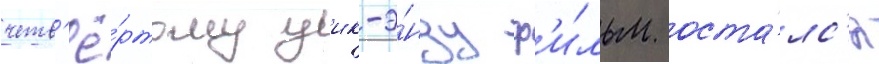
четв'ё́ртому уик-э́нду ф'и́льм оста́лс'я